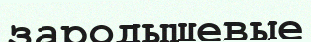
зародышевые